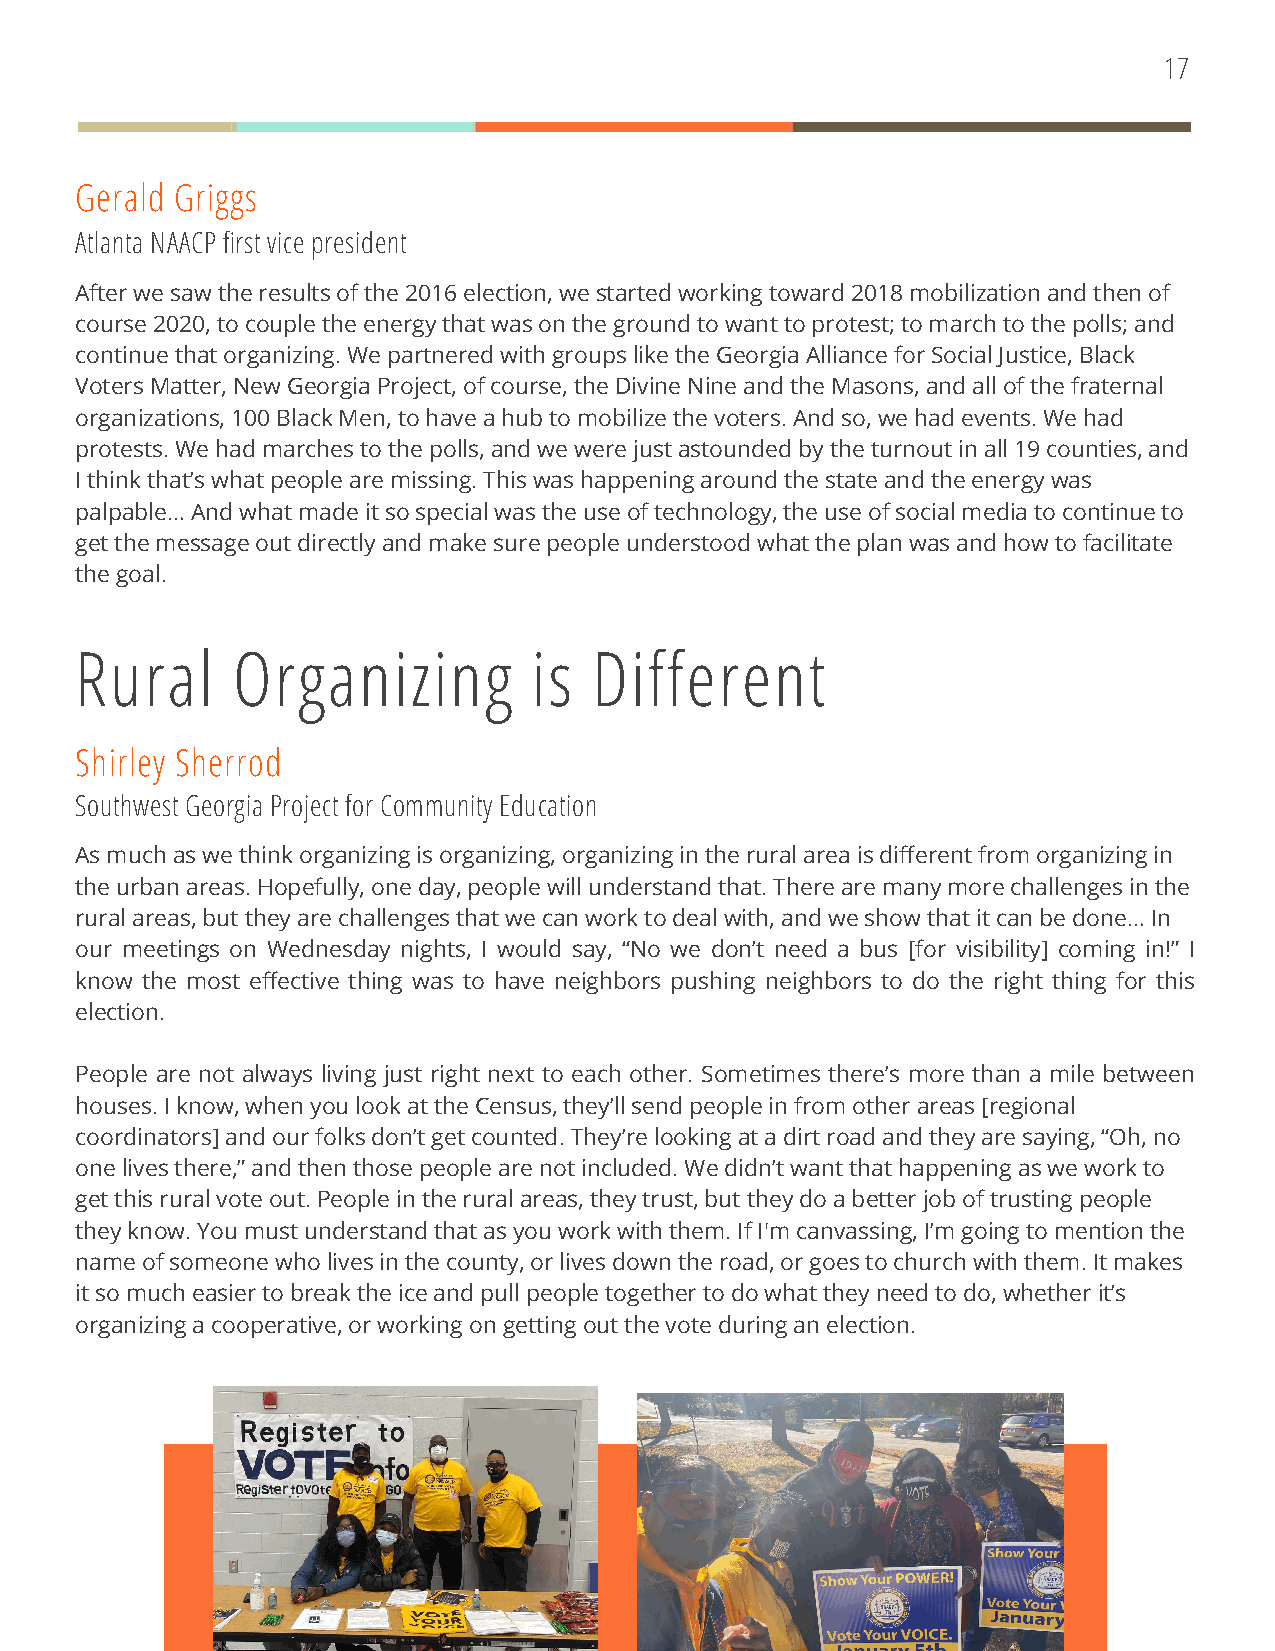
17
 Gerald Griggs
 Atlanta NAACP first vice president
 After we saw the results of the 2016 election, we started working toward 2018 mobilization and then of
 course 2020, to couple the energy that was on the ground to want to protest; to march to the polls; and
 continue that organizing. We partnered with groups like the Georgia Alliance for Social Justice, Black
 Voters Matter, New Georgia Project, of course, the Divine Nine and the Masons, and all of the fraternal
 organizations, 100 Black Men, to have a hub to mobilize the voters. And so, we had events. We had
 protests. We had marches to the polls, and we were just astounded by the turnout in all 19 counties, and
 I think that’s what people are missing. This was happening around the state and the energy was
 palpable… And what made it so special was the use of technology, the use of social media to continue to
 get the message out directly and make sure people understood what the plan was and how to facilitate
 the goal.
 Rural     Organizing          is  Different
 Shirley Sherrod
 Southwest Georgia Project for Community Education
 As much as we think organizing is organizing, organizing in the rural area is different from organizing in
 the urban areas. Hopefully, one day, people will understand that. There are many more challenges in the
 rural areas, but they are challenges that we can work to deal with, and we show that it can be done… In
 our meetings on Wednesday nights, I would say, “No we don’t need a bus [for visibility] coming in!” I
 know the most effective thing was to have neighbors pushing neighbors to do the right thing for this
 election.
 People are not always living just right next to each other. Sometimes there’s more than a mile between
 houses. I know, when you look at the Census, they’ll send people in from other areas [regional
 coordinators] and our folks don’t get counted. They’re looking at a dirt road and they are saying, “Oh, no
 one lives there,” and then those people are not included. We didn’t want that happening as we work to
 get this rural vote out. People in the rural areas, they trust, but they do a better job of trusting people
 they know. You must understand that as you work with them. If I'm canvassing, I’m going to mention the
 name of someone who lives in the county, or lives down the road, or goes to church with them. It makes
 it so much easier to break the ice and pull people together to do what they need to do, whether it’s
 organizing a cooperative, or working on getting out the vote during an election.